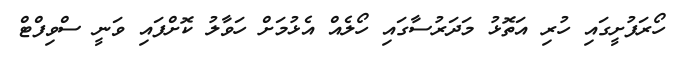
ހޯރަފުށީގައި ހުރި އަތޮޅު މަދަރުސާގައި ހޯލެއް އެޅުމަށް ހަވާލު ކޮށްފައި ވަނީ ސްވިފްޓް